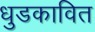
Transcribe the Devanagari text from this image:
धुडकावित